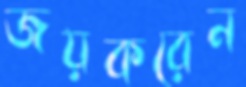
জয়করেন